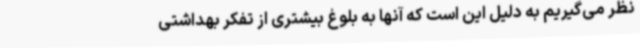
نظر می‌گیریم به دلیل این است که آنها به بلوغ بیشتری از تفکر بهداشتی